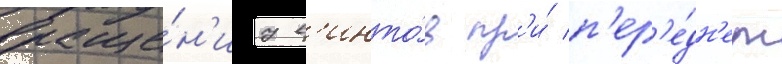
враще́н'иу в'инто́в пр'и́ п'ер'е́дн'ем